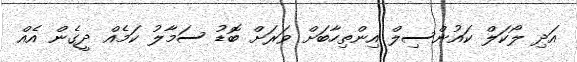
އަދި ލޯކަލް ކައުންސިލް އިންތިހާބަށް ވަރަށް ބޮޑު ސަމާލު ކަމެއް ދީގެން އެއް